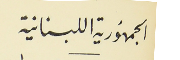
الجمهورية اللبنانية